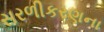
સરળીકરણના